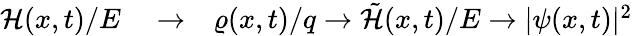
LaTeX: \begin{array}{rlr}{\mathcal{H}(x,t)/E}&{{}\to}&{\varrho(x,t)/q\to\tilde{\mathcal{H}}(x,t)/E\to|\psi(x,t)|^{2}}\end{array}